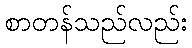
စာတန်သည်လည်း